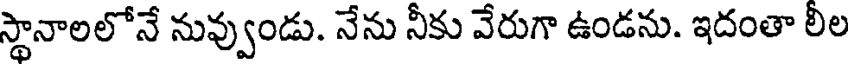
స్థానాలలోనే నువ్వుండు. నేను నీకు వేరుగా ఉండను. ఇదంతా లీల